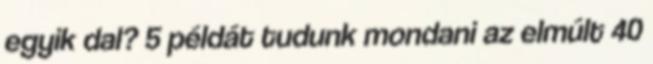
egyik dal? 5 példát tudunk mondani az elmúlt 40